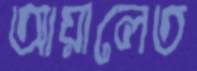
আয়ালেত